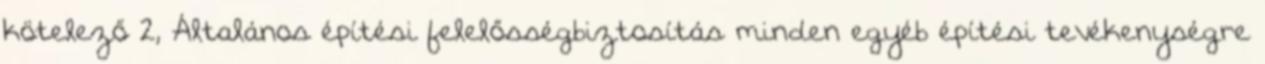
kötelező 2, Általános építési felelősségbiztosítás minden egyéb építési tevékenységre